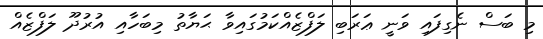
މި ބަސް ނެގިފައި ވަނީ ޢަރަބި ލަފްޒެއްކަމުގައިވާ ޙަޔާތު މިބަހާއި އުރުދޫ ލަފްޒެއް